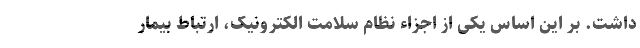
داشت. بر این اساس یکی از اجزاء نظام سلامت الکترونیک، ارتباط بیمار